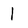
Character: 1